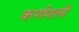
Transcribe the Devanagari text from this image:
कर्णपाली